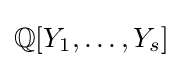
\mathbb {Q} [Y_{1},\ldots ,Y_{s}]